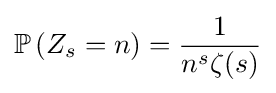
\mathbb {P} \left(Z_{s}=n\right)={\frac {1}{n^{s}\zeta (s)}}